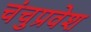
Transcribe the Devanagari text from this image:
चंचुप्रवेश